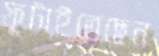
ফুটাইতেছেন